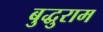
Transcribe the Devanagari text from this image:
बुद्धुराम